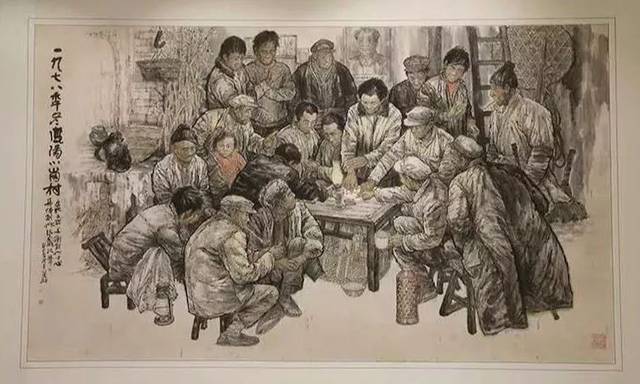
村北村南布谷忙，村前村后稻花香。